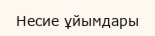
Несие ұйымдары